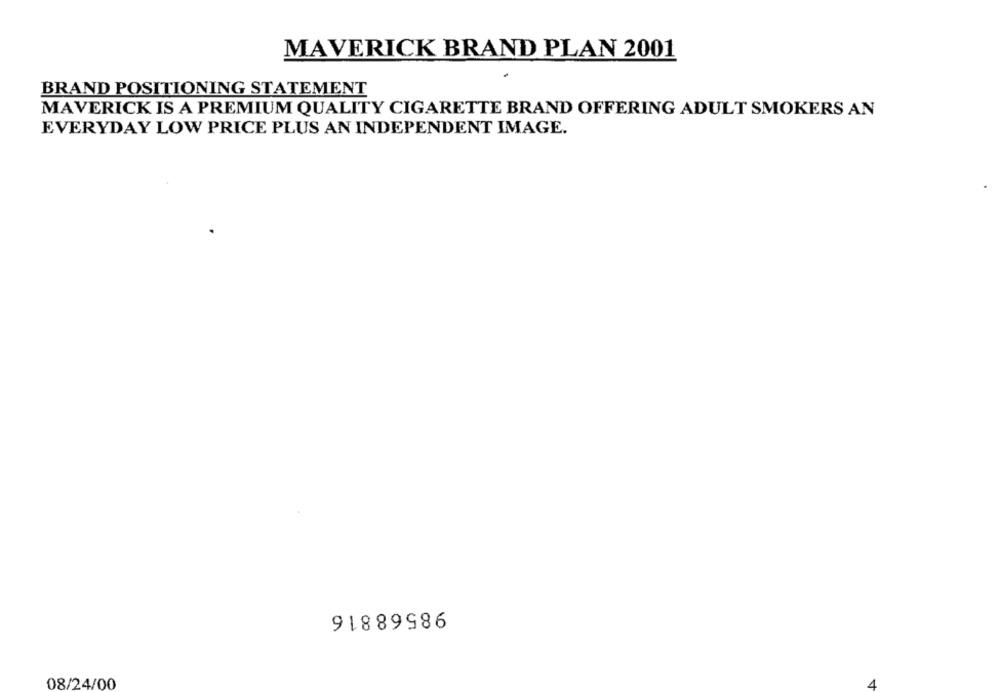
MAVERICK BRAND PLAN 2001
BRAND POSITIONING STATEMENT
MAVERICK IS A PREMIUM QUALITY CIGARETTE BRAND OFFERING ADULT SMOKERS AN
EVERYDAY LOW PRICE PLUS AN INDEPENDENT IMAGE.
98568816
08/24/00